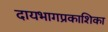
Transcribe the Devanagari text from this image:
दायभागप्रकाशिका